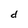
Character: d